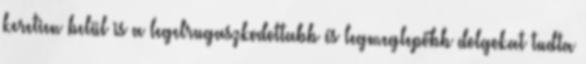
keretien belül is a legelrugaszkodottabb és legmeglepőbb dolgokat tudta